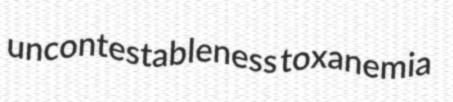
uncontestableness toxanemia